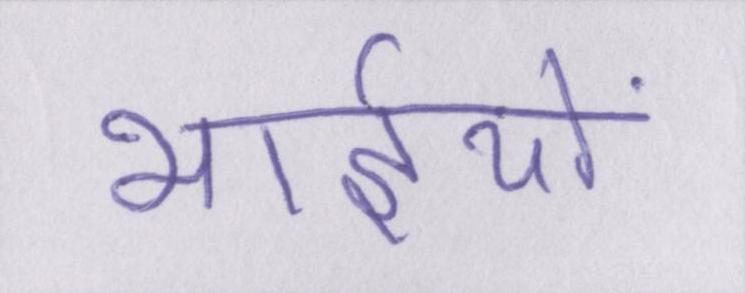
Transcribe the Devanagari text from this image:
भाईयों